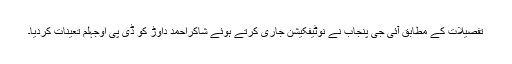
تفصیلات کے مطابق آئی جی پنجاب نے نوٹیفکیشن جاری کرتے ہوئے شاکراحمد داوڑ کو ڈی پی اوجہلم تعینات کردیا۔